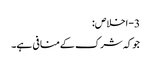
3- اخلاص:
جوکہ شرک کےمنافی ہے۔